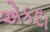
એકદા